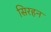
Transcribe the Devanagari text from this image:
सिरहन